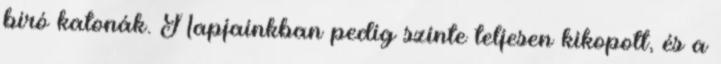
bíró katonák. Napjainkban pedig szinte teljesen kikopott, és a